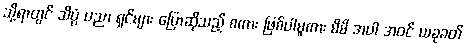
သို့ရာတွင် သိပ္ပံ ပညာ ရှင်များ ပြောဆိုသည့် စကား ဖြစ်ပါမူကား မိမိ အပါ အဝင် ယခုခတ်